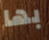
بها